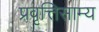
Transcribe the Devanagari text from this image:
प्रवृत्तिसाम्य